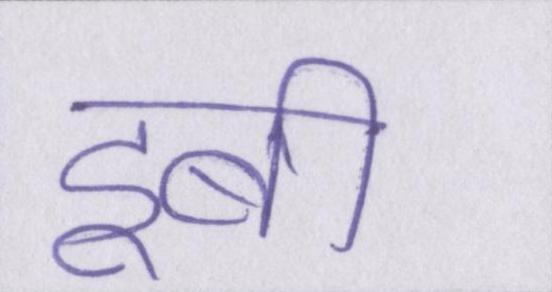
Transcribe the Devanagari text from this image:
डूबी